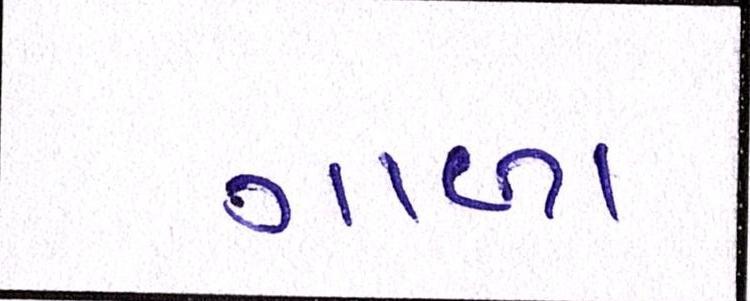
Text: ગાળા